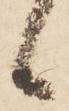
候